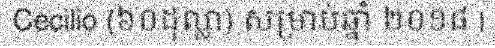
Cecilio (៦០ដុល្លា) សម្រាប់ឆ្នាំ ២០១៨ |